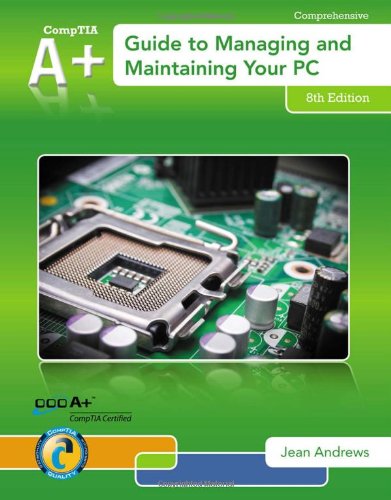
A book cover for A+ Guide to Managing & Maintaining Your PC (with 2 terms (12 months) Printed Access Card); Jean Andrews; Computers & Technology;